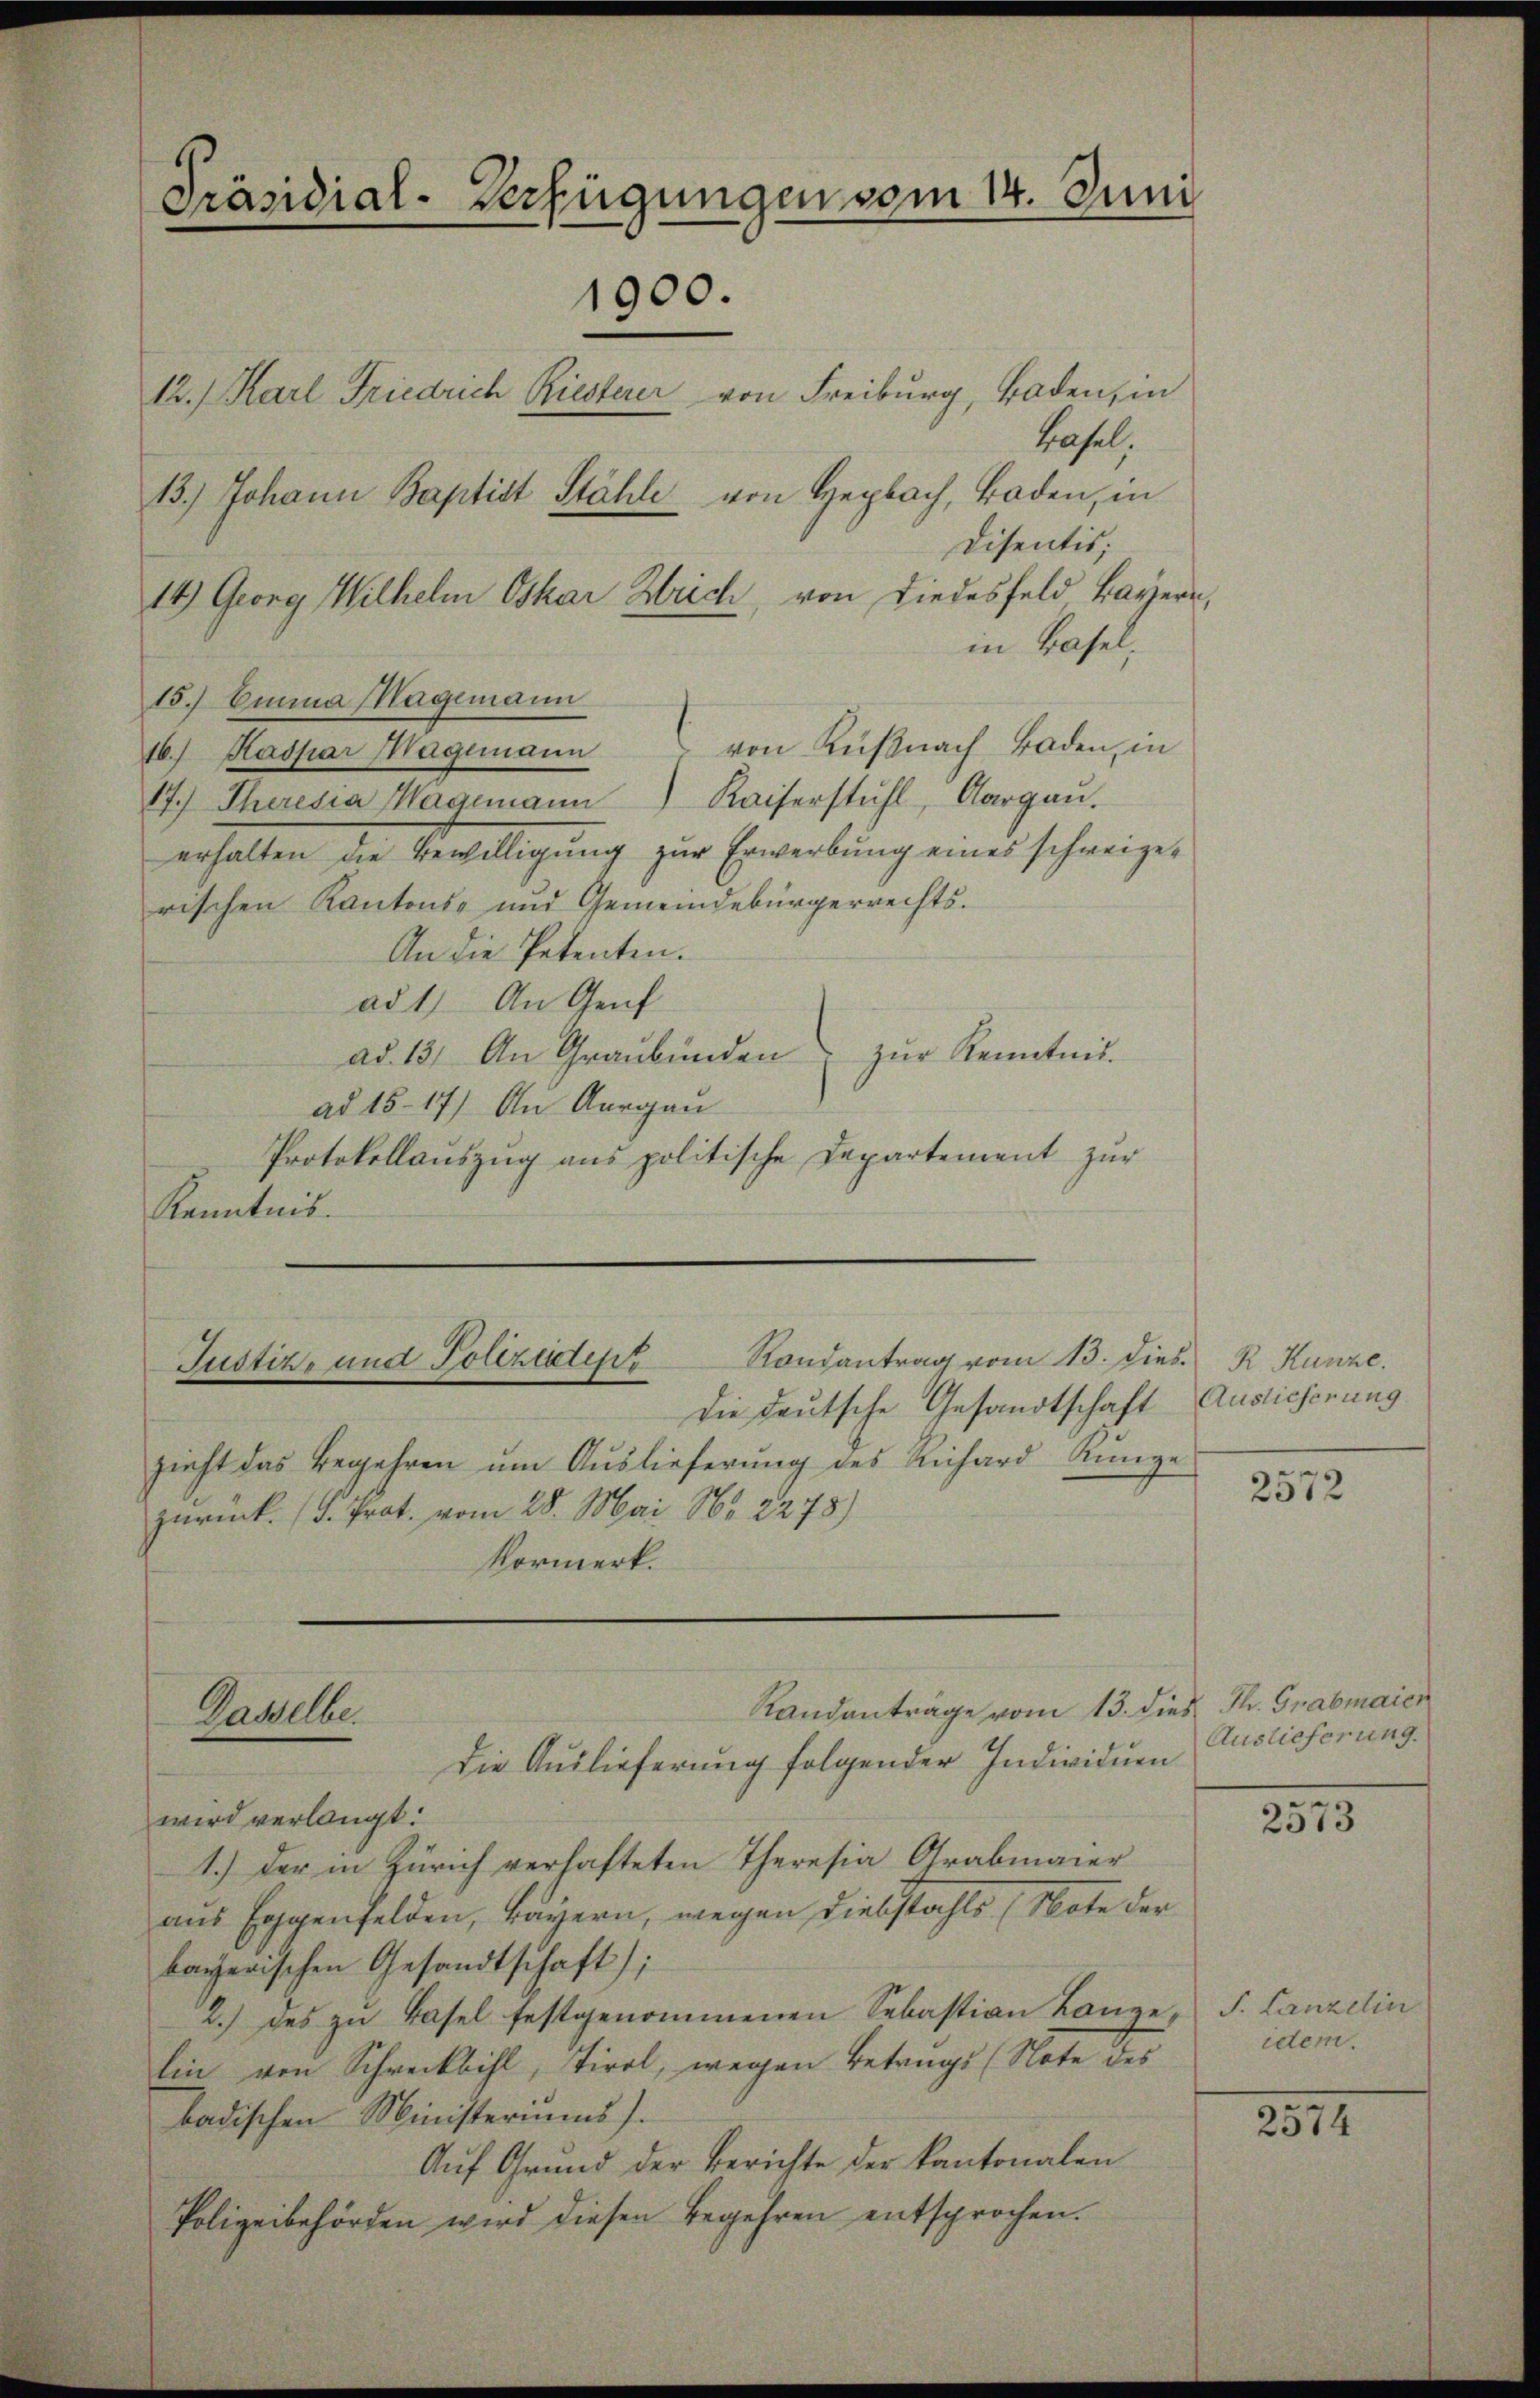
Präsidial-Verfügungen vom 14. Juni
1900.
12.) Karl Friedrich Riesterer von Freiburg, Baden, in
Hasel,
13.) Johann Baptist Stähle von Hepbach, Boden, in
Disentis;
14) Georg Wilhelm Oskar Strich, von Liedesfeld Bayern,
in Basel,

15.) Einna Hagemann
16.) Kaspar Wagimann von Küβnach Baden, in
Kaiserstuhl, Aargau.
17.) Theresia Hagemann
erhalten die Verwilligung zur Erwerbung eines schweizerischen Kantons- und Gemeindebürgerrechts¬
An die Petenten.
ad 1. An Genf
ad. 13. An Graubünden zŭr Kenntnis.
ad 15-17) An Aargau
Protokollauszug aus politische Departement zur
Kenntnis.

Rondantrag vom 13. dies. R. Kunze
Justiz- und Polizeist
Die deutsche Gesandtschaft Auslieferung

zieht das Begehren um Auslieferung des Richard Ringe
zurück. I. Prot. vom 28. Mai Nr. 2278)
Vormerk.

Ganelle
Die Auslieferung folgender Individuen

Randanträge vom 13. dies Fr. Grabmaien

wird verlangt.
1.) Der in Zürich verhafteten Theresia Grabmaier
aus Eggenfelden, Bayern, wegen Diebstahls Note der
bayerischen Gesandtschaft);
2.) des zu Basel festgenommenen Sebastian Lanze, S. Canzelin
lin von Schreckbihl, Tirol, wegen Betrugs (Note des
badischen Ministeriums).
Auf Grund der Berichte der kantonalen
Polizeibehörden wird diesen Begehren entsprochen.

2572

Auslieferung.

2573

idem.

2517